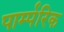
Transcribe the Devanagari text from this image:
पार्म्परिक